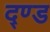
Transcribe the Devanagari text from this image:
द्ण्ड